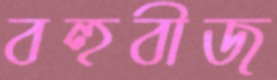
বহুবীজ